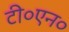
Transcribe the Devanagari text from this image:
टी०एन०